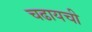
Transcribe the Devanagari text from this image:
चढायची